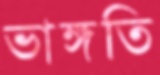
ভাঙ্গতি